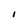
Character: I